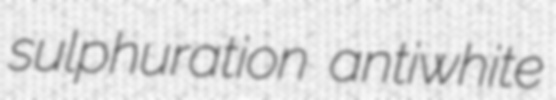
sulphuration antiwhite